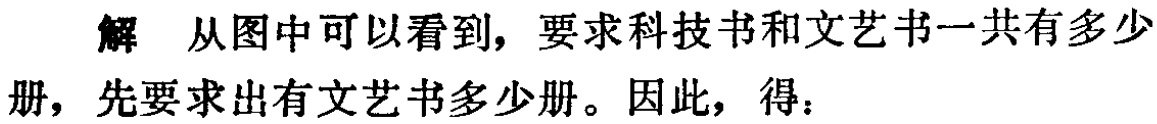
解 从图中可以看到，要求科技书和文艺书一共有多少

册，先要求出有文艺书多少册。因此，得：